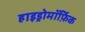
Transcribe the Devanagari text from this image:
हाइड्रोमॉर्फ़िक